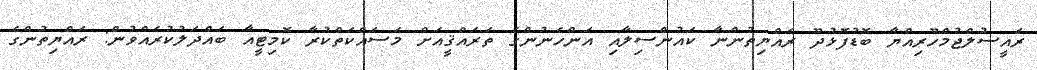
ރައީސުލްޖުމްހޫރިއްޔާ ބޮޑުފޮޅުދޫ ރައްޔިތުންނާ ކައުންސިލާއި އަންހެނުންގެ ތަރައްޤީއަށް މަސައްކަތްކުރާ ކޮމިޓީއާ ބައްދަލުކުރެއްވުން: ރައްޔިތުންގެ